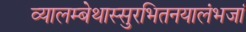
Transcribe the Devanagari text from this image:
व्यालम्बेथास्सुरभितनयालंभजां